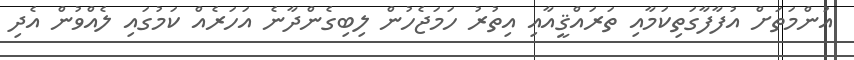
އުންމަތަށް އުފާފާގަތިކަމާއި ތަރައްޤީއާއި އިތުރު ހަމަޖެހުން ލިބިގެންދާނެ އަހަރެއް ކަމުގައި ލެއްވުން އެދި